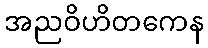
အညဝိဟိတကေန